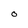
Character: O